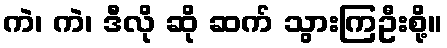
ကဲ၊ ကဲ၊ ဒီလို ဆို ဆက် သွားကြဦးစို့။